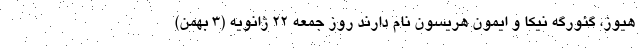
هیوز، گئورگه نیکا و ایمون هریسون نام دارند روز جمعه ۲۲ ژانویه (۳ بهمن)